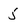
Character: 5